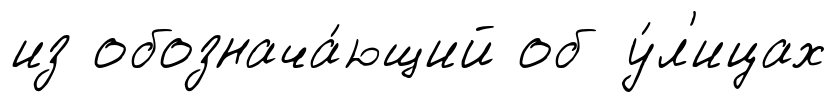
из обознача́ющий об у́л'ицах